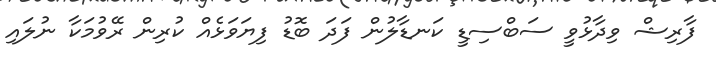
ފާރިޝް ވިދާޅުވީ ސަބްސިޑީ ކަނޑާލުން ފަދަ ބޮޑު ފިޔަވަޅެއް ކުރިން ރޭވުމަކާ ނުލައި